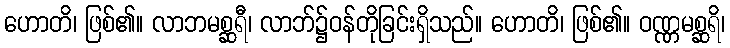
ဟောတိ၊ ဖြစ်၏။ လာဘမစ္ဆရီ၊ လာဘ်၌ဝန်တိုခြင်းရှိသည်။ ဟောတိ၊ ဖြစ်၏။ ဝဏ္ဏမစ္ဆရိ၊